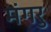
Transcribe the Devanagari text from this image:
मंगरु